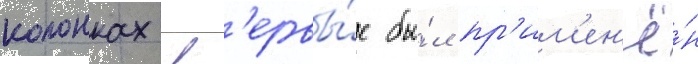
колонках вп'ервы́е бы́л пр'им'ен'ё́н